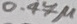
Text: 0.47µ